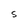
Character: S